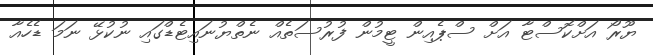
ޔޫރޯ އަށްކޮސްޓާ އަށް ސްޕެއިން ޓީމުން ފުރުސަތެއް ނެތްޔުނައިޓެޑްގައި ނުކުޅޭ ނަމަ ޑެހެއާ